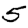
Digit: 5